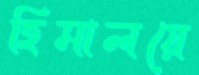
হিমালয়ে